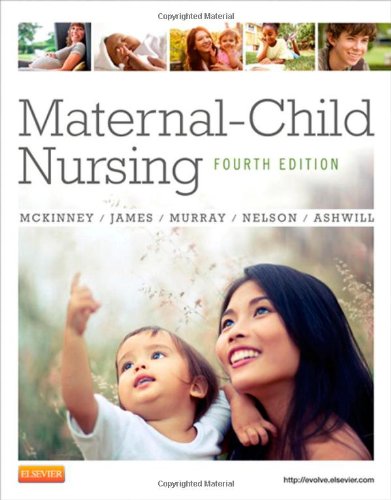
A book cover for Maternal-Child Nursing, 4e; Emily Slone McKinney MSN  RN  C; Parenting & Relationships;